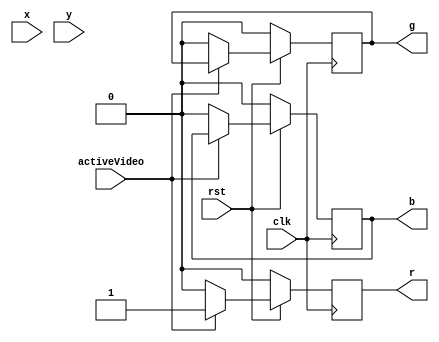
module drawPixel(clk, rst, x, y, activeVideo, r, g, b);
	//vai ter buffer de memria depois
	// memria dual port - para ler e escrever ao mesmo tempo
	
	input clk;
	input rst;
	input [9:0] x;
	input [9:0] y;
	input activeVideo;
	output reg r;
	output reg g;
	output reg b;
	
	//pinta a tela
	always @ (posedge clk) begin
		if(!rst) begin
			r <= 1'b0;
			g <= 1'b0;
			b <= 1'b0;
		end	
		else begin
			if(activeVideo) begin //aqui  pra ler a memria
				r <= 1'b1; 
			end
			else begin
				r <= 1'b0;
				g <= 1'b0;
				b <= 1'b0;
			end
		end
	end
endmodule